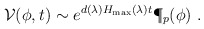
\begin{align*}{\cal V}(\phi,t) \sim e^{d(\lambda) H_{\max}(\lambda) t}\P_p(\phi)\ .\end{align*}